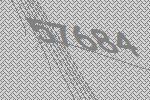
57684